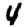
Digit: 4